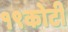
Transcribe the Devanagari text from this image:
१९कोटी